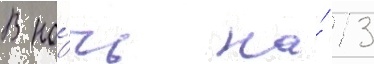
В но́чь на́ 13